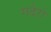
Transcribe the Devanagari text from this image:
गढेरो